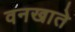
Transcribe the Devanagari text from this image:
वनखाते